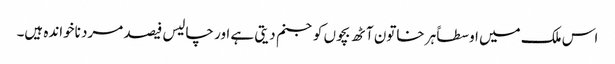
اس ملک میں اوسطاً ہر خاتون آٹھ بچوں کو جنم دیتی ہے اور چالیس فیصد مرد ناخواندہ ہیں۔